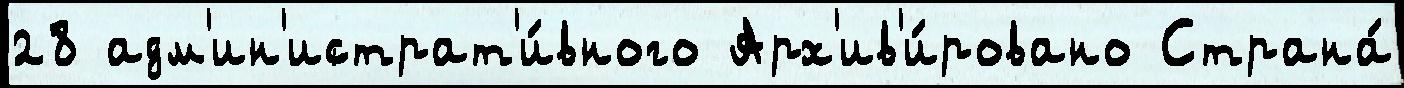
28 адм'ин'истрат'и́вного Арх'ив'и́ровано Страна́